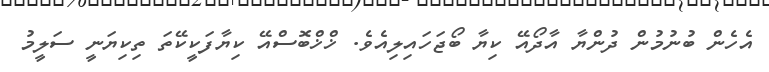
އެހެން ބުނުމުން ދުންޔާ އާދޯއޭ ކިޔާ ބޯޖަހައިލިއެވެ. ޚްޚްބޮސްއޭ ކިޔާފަކީކޭތަ ތިކިޔަނީ ސަލީމު